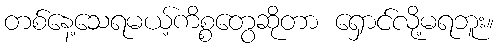
တစ်နေ့သေရမယ့်ကိစ္စတွေဆိုတာ ရှောင်လို့မရဘူး။